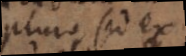
plura, sed ex